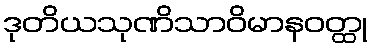
ဒုတိယသုဏိသာဝိမာနဝတ္ထု